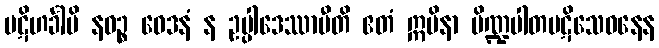
ပဋိဟင်္ခါမိ နဝဉ္စ ဝေဒနံ န ဥပ္ပါဒေဿာမီတိ ဧတံ ဣမိနာ ပိဏ္ဍပါတပဋိသေဝနေန